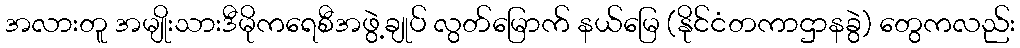
အလားတူ အမျိုးသားဒီမိုကရေစီအဖွဲ့ချုပ် လွတ်မြောက် နယ်မြေ (နိုင်ငံတကာဌာနခွဲ) တွေကလည်း